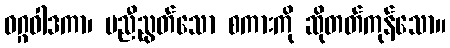
ဝဂ္ဂဝါဒကာ၊ မညီညွတ်သော စကားကို ဆိုတတ်ကုန်သော။